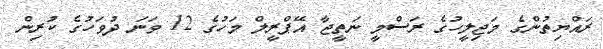
ރައްޔިތުންގެ މަޖިލީހުގެ ރަސްމީ ނަތީޖާ އޭޕްރީލް މަހުގެ 12 ވަނަ ދުވަހުގެ ކުރިން